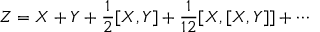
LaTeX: Z = X + Y + { \frac { 1 } { 2 } } [ X , Y ] + { \frac { 1 } { 1 2 } } [ X , [ X , Y ] ] + \cdots